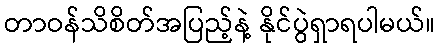
တာဝန်သိစိတ်အပြည့်နဲ့ နိုင်ပွဲရှာရပါမယ်။